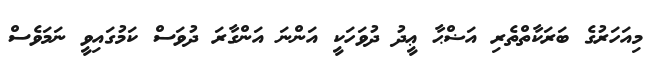
މިއަހަރުގެ ބަރަކާތްތެރި އަޟްޙާ ޢީދު ދުވަހަކީ އަންނަ އަންގާރަ ދުވަސް ކަމުގައިވީ ނަމަވެސް